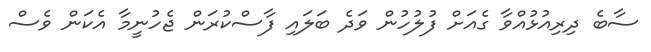
ސާބެ ދިރިއުޅުއްވާ ގެއަށް ފުލުހުން ވަދެ ބަލައި ފާސްކުރަން ޖެހުނީމާ އެކަން ވެސް